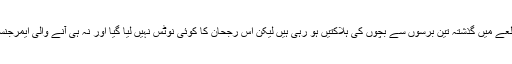
ثنا اللہ عباسی کی رپورٹ کے مطابق ضلعے میں گذشتہ تین برسوں سے بچوں کی ہلاکتیں ہو رہی ہیں لیکن اس رجحان کا کوئی نوٹس نہیں لیا گیا اور نہ ہی آنے والی ایمرجنسی کے لیے کوئی منصوبہ بندی کی گئی۔